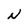
Character: N